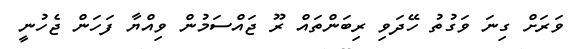
ވަރަށް ގިނަ ވަގުތު ހޭދަވި ރިބަންތައް ރޫ ޖައްސަމުން ވިއްޔާ ފަހަން ޖެހުނީ